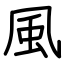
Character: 風